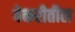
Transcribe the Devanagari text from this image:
बेकरीतील